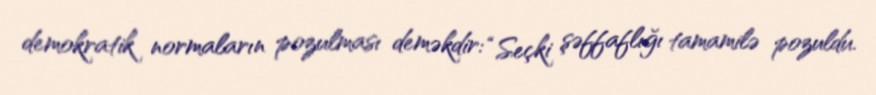
demokratik normaların pozulması deməkdir: “Seçki şəffaflığı tamamilə pozuldu.